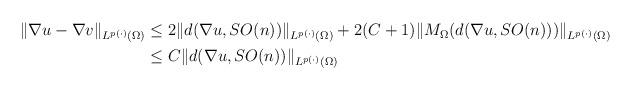
LaTeX: \begin{align*}\begin{aligned}\|\nabla u-\nabla v\|_{L^{p(\cdot)}(\Omega)}&\le 2\|d(\nabla u,SO(n))\|_{L^{p(\cdot)}(\Omega)}+2(C+1)\|M_\Omega(d(\nabla u,SO(n)))\|_{L^{p(\cdot)}(\Omega)}\\&\le C\|d(\nabla u,SO(n))\|_{L^{p(\cdot)}(\Omega)}\end{aligned}\end{align*}